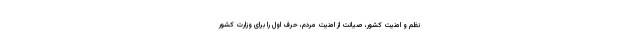
نظم و امنیت کشور، صیانت از امنیت مردم، حرف اول را برای وزارت کشور